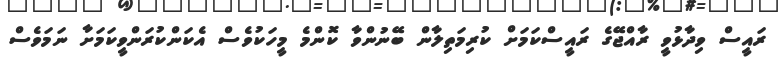
ރައީސް ވިދާޅުވީ ރާއްޖޭގެ ރައީސްކަމަށް ކުރިމަތިލާން ބޭނުންވާ ކޮންމެ މީހަކުވެސް އެކަންކުރަންވީކަމަށާ ނަމަވެސް